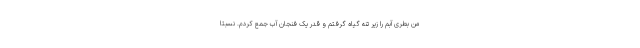
من بطری آبم را زیر تنهٔ گیاه گرفتم و قدر یک فنجان آب جمع کردم. نسبتاً